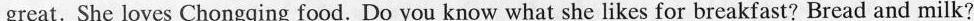
great. She loves Chongqing food. Do you know what she likes for breakfast? Bread and milk?